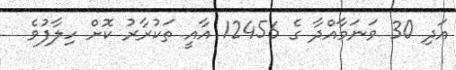
އަދި 30 ވަނަމާއްދާ ގެ 12456 އާއީ ތަކުރާރު ކޮށް ހިލާފުވެ